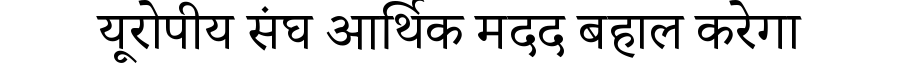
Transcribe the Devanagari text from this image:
यूरोपीय संघ आर्थिक मदद बहाल करेगा